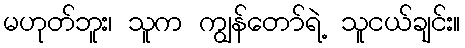
မဟုတ်ဘူး၊ သူက ကျွန်တော်ရဲ့ သူငယ်ချင်း။